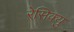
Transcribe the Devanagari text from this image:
रेसिक्यु